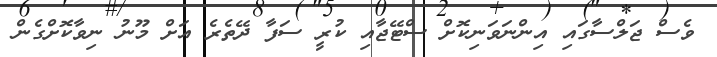
ވެސް ޖަލްސާގައި އިންނަވަނިކޮށް ސްޓޭޖާއި ކުރީ ސަފާ ދޭތެރެ އަށް މޫނު ނިވާކޮށްގެން